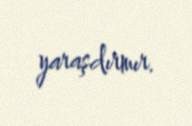
yaraşdırmır.